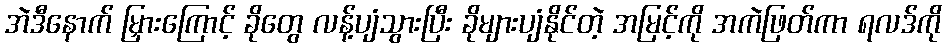
အဲဒီနောက် မြှားကြောင့် ခိုတွေ လန့်ပျံသွားပြီး ခိုများပျံနိုင်တဲ့ အမြင့်ကို အကဲဖြတ်ကာ ရလဒ်ကို